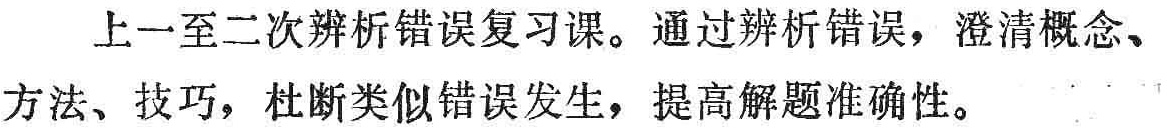
上一至二次辨析错误复习课。通过辨析错误，澄清概念、方法、技巧，杜断类似错误发生，提高解题准确性。